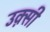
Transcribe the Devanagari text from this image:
उक़्सी